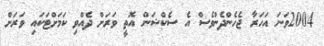
2004ވަނަ އަހަރާ ޖެހެންދެންވެސް އެ ސެކްޝަން އޮތީ ވަރަށް ދެއްވި ކަމަށްޓަކައި ވަރަށް